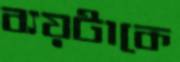
ব্যয়টাকে